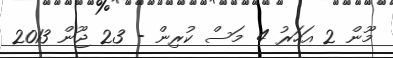
މޫން 2 އަހަރު 4 މަސް ކުރިން - 23 ޖޫން 2013